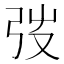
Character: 弢